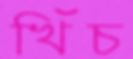
খিঁচ